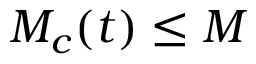
M _ { c } ( t ) \le M